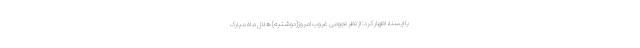
با ایسنا، اظهار کرد: از نظر نجومی غروب امروز(دوشنبه) هلال ماه مبارک